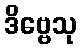
ဒိဗ္ဗေသု